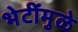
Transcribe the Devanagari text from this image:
भेटींमुळे